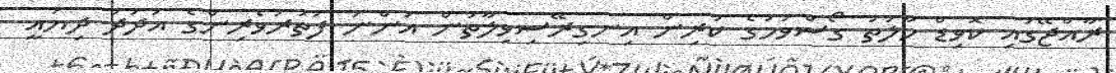
ރާއްޖޭގައި ކޮވިޑް ހާލަތު ގޯސްވުމުގެ ކުރިން އިނގިރޭސިވިލާތުން އަންނަ ފަތުރުވެރިންގެ އަދަދު ދިޔައީ